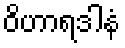
ဝိဟာရဒါနံ